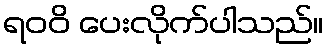
ရဝဝိ ပေးလိုက်ပါသည်။